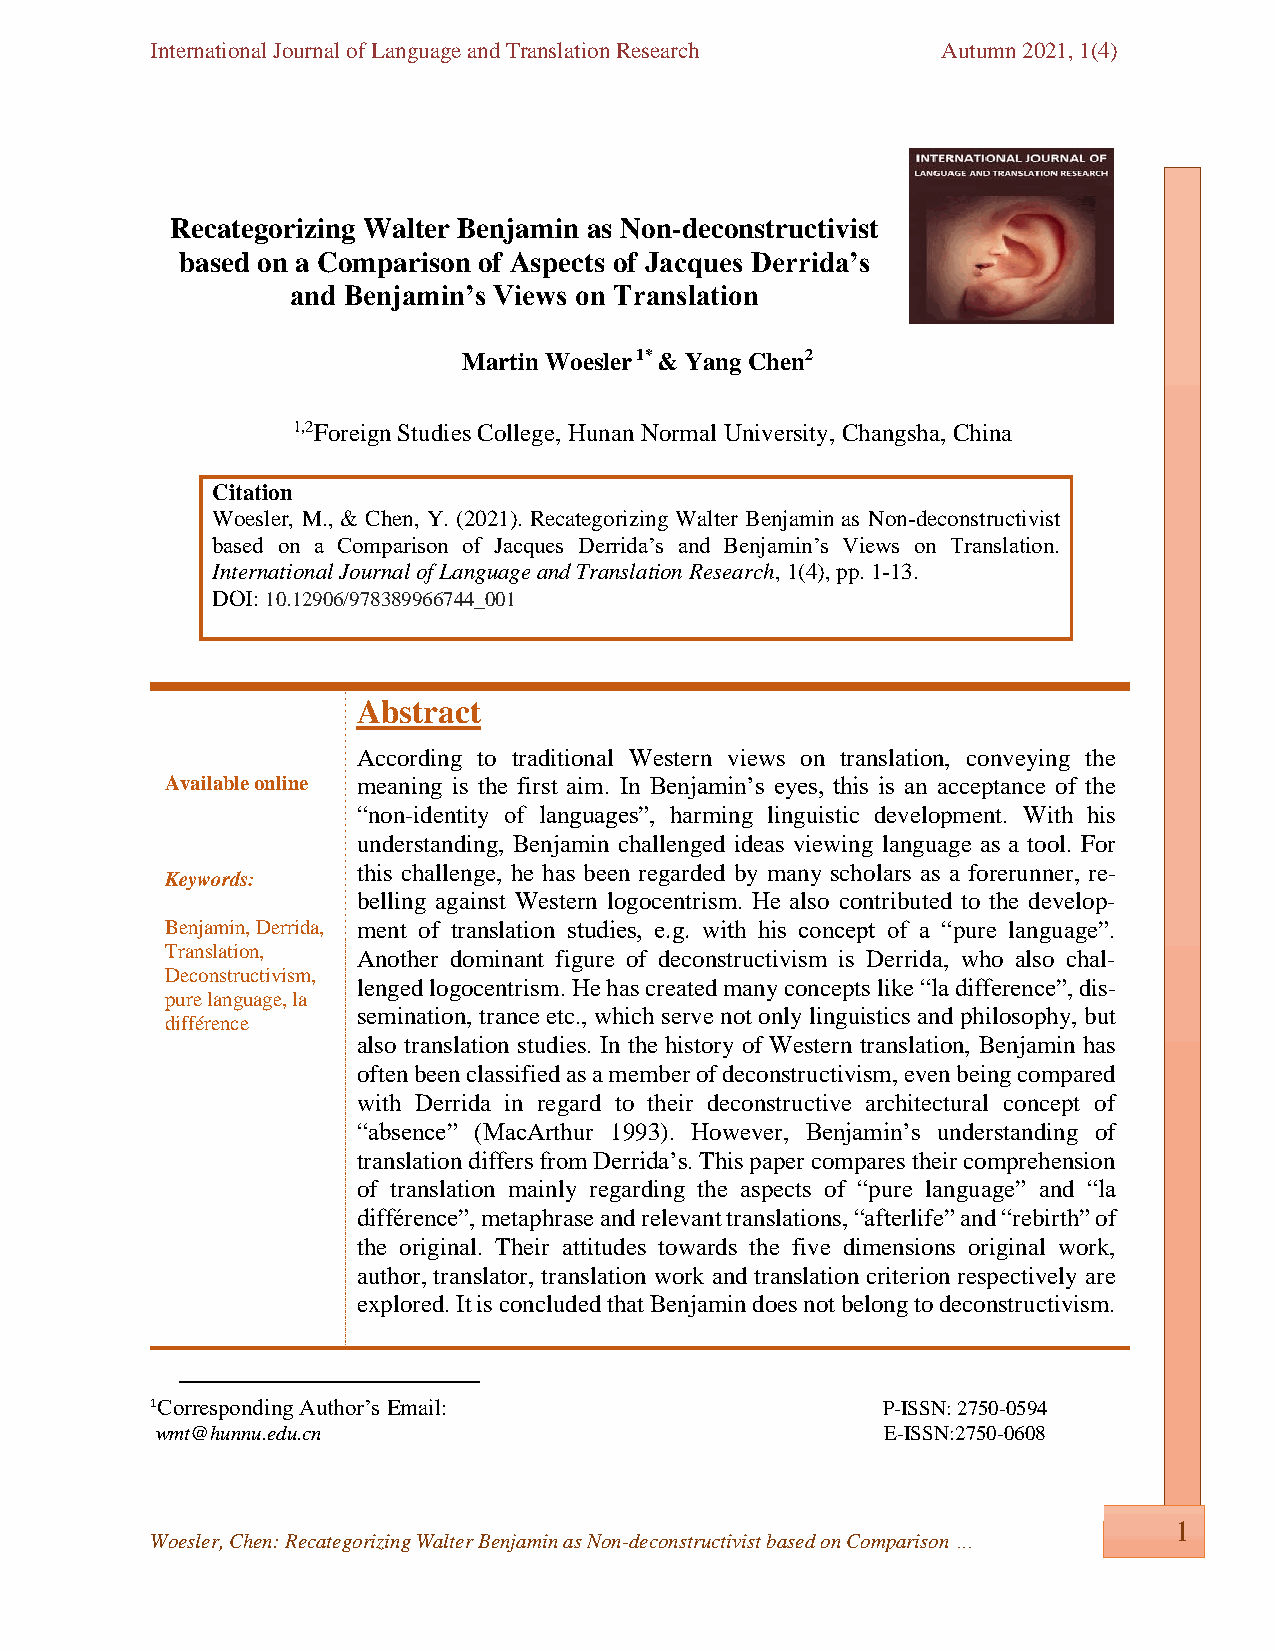
International Journal of Language and Translation Research Autumn 2021, 1(4)
 Recategorizing Walter Benjamin as Non-deconstructivist
 based on a Comparison of Aspects of Jacques Derrida’s
 and Benjamin’s Views on Translation
 Martin Woesler 1* & Yang Chen2
 1,2Foreign Studies College, Hunan Normal University, Changsha, China
 Citation
 Woesler, M., & Chen, Y. (2021). Recategorizing Walter Benjamin as Non-deconstructivist
 based on a Comparison of Jacques Derrida’s and Benjamin’s Views on Translation.
 International Journal of Language and Translation Research, 1(4), pp. 1-13.
 DOI: 10.12906/978389966744_001
 Abstract
 According to traditional Western views on translation, conveying the
 Available online meaning is the first aim. In Benjamin’s eyes, this is an acceptance of the
 “non-identity of languages”, harming linguistic development. With his
 understanding, Benjamin challenged ideas viewing language as a tool. For
 this challenge, he has been regarded by many scholars as a forerunner, re-
 Keywords:
 belling against Western logocentrism. He also contributed to the develop-
 Benjamin, Derrida, ment of translation studies, e.g. with his concept of a “pure language”.
 Translation, Another dominant figure of deconstructivism is Derrida, who also chal-
 Deconstructivism,
 lenged logocentrism. He has created many concepts like “la difference”, dis-
 pure language, la
 semination, trance etc., which serve not only linguistics and philosophy, but
 différence
 also translation studies. In the history of Western translation, Benjamin has
 often been classified as a member of deconstructivism, even being compared
 with Derrida in regard to their deconstructive architectural concept of
 “absence” (MacArthur 1993). However, Benjamin’s understanding of
 translation differs from Derrida’s. This paper compares their comprehension
 of translation mainly regarding the aspects of “pure language” and “la
 différence”, metaphrase and relevant translations, “afterlife” and “rebirth” of
 the original. Their attitudes towards the five dimensions original work,
 author, translator, translation work and translation criterion respectively are
 explored. It is concluded that Benjamin does not belong to deconstructivism.
 1Corresponding Author’s Email:                  P-ISSN: 2750-0594
 wmt@hunnu.edu.cn                                 E-ISSN:2750-0608
 1
 Woesler, Chen: Recategorizing Walter Benjamin as Non-deconstructivist based on Comparison …